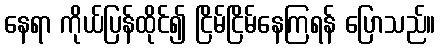
နေရာ ကိုယ်ပြန်ထိုင်၍ ငြိမ်ငြိမ်နေကြရန် ပြောသည်။